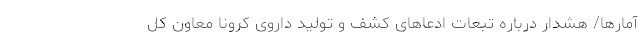
آمارها/ هشدار درباره تبعات ادعاهای کشف و تولید داروی کرونا معاون کل